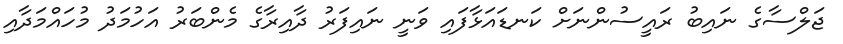
ޖަލްސާގެ ނައިބު ރައީސުންނަށް ކަނޑައަޅާފައި ވަނީ ނައިފަރު ދާއިރާގެ މެންބަރު އަހުމަދު މުހައްމަދާއި